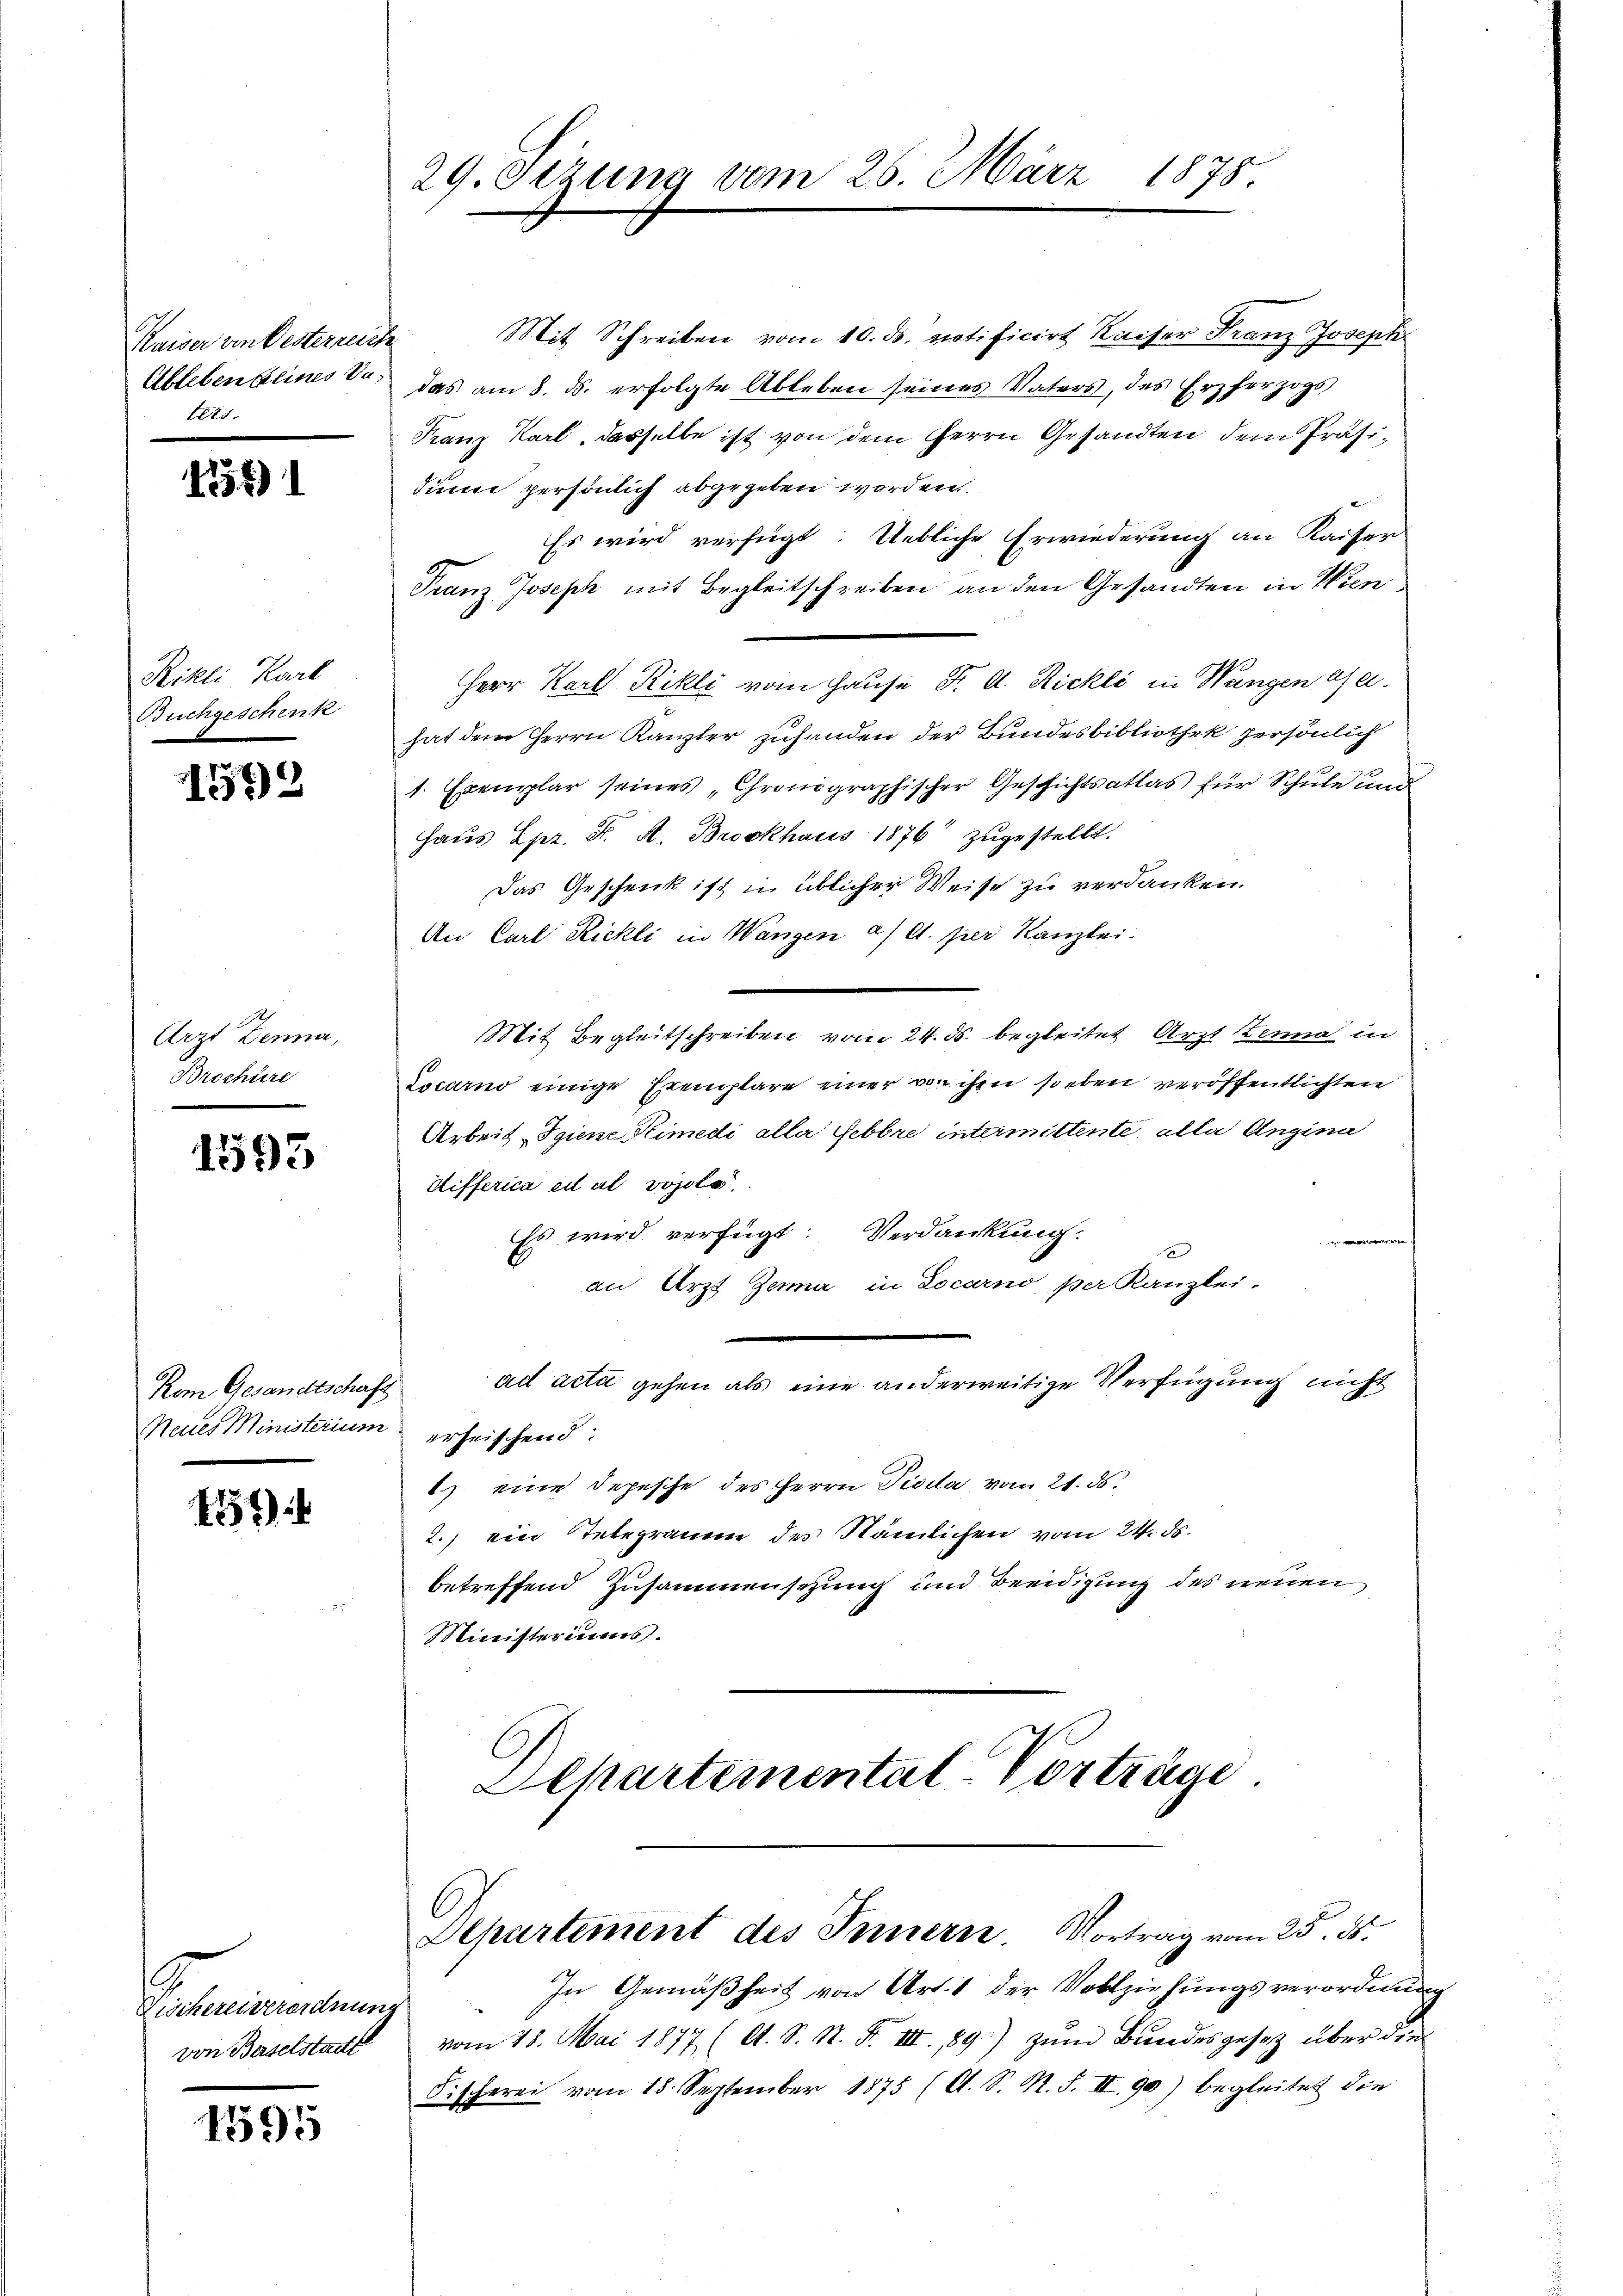
Stein unbekannt
ters.

1754)

Rikli Karl
Buchgeschenk

1572

Arzt Denn,
Brochüre

1593

Kom Gesandtschaft
Neues Ministerium

159

Decheriserordnung
von Baselstadt

1595

29. Oezung vom 26. März 1875

Mit Schreiben vom 10. ds. votificirt Kaiser Franz Joseph
Ableben seines so das am 8. ds. erfolgte Ableben seines Vaters, des Erzherzogs
Franz Karl, dasselbe ist von dem Herrn Gesandten dem Präsidiene persönlich abgegeben worden.
Es wird verfügt: Uebliche Erwiederung an Kaiser
Franz Joseph mit Begleitschreiben an den Gesandten in Wien¬
HHerr Karl Rikli vom Hause Dr. A. Rickli in Wangen Gehat dem Herrn Kanzler zuhanden der Bundesbibliothek persönlich
1. Exemplar seines Chronographischer Geschichtsatlas für Schule und
Haus Lpr. F. A. Brockhaus 1876 zugestellt.
Das Geschenk ist in üblicher Weise zu verdanken.
An Carl Rickli in Wangen a/A. per Kanzlei.
Mit Begleitschreiben vom 24. ds. begleitet Arzt Zenna in
Locarno einige Exemplare einer von ihm soeben veröffentlichten
Arbeit Igiene Kimedi alle Febbre intermittente, alle Angina
Wifferica ei al vohole
Es wird verfügt: Verdankung:
e
an Arzt Jena in Locarno, per Kanzlei.
ad acta gehen als eine anderweitige Verfügung nicht
erheischend:
1) eine Depesche des Herrn Pisela vom 21. ds.
2.) ein Telegramm des Nämlichen vom 24. ds.
betreffend Zusammensetzung und Beeidigung des neuen
Ministeriums.
E
Schartemental-Vorträge

C
Aepartement des Innern. Vortrag vom 25. ds.

In Gemäßheit von Art. 1 der Vollziehungsverordnung
vom 28. Mai 1877 (lt. S. N. F. III 89) zum Bundesgesetz über die
Fischerei vom 18. September 1875 (O. S. R. F. II. 90) begleitet die